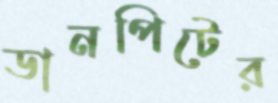
ডানপিটের